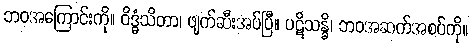
ဘဝအကြောင်းကို။ ဝိဒ္ဓံသိတာ၊ ဖျက်ဆီးအပ်ပြီ။ ပဋိသန္ဓိ၊ ဘဝအဆက်အစပ်ကို။